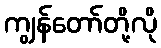
ကျွန်တော်တို့လို